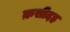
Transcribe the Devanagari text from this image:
क़सीदह